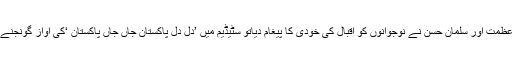
علی عظمت اور سلمان حسن نے نوجوانوں کو اقبال کی خودی کا پیغام دیاتو سٹیڈیم میں ’دل دل پاکستان جاں جاں پاکستان ‘کی آواز گونجنے لگی۔